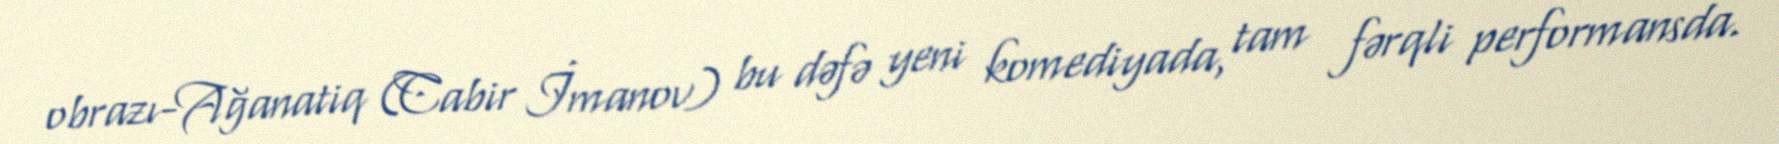
obrazı-Ağanatiq (Cabir İmanov) bu dəfə yeni komediyada, tam fərqli performansda.